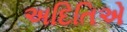
અદિતિએ